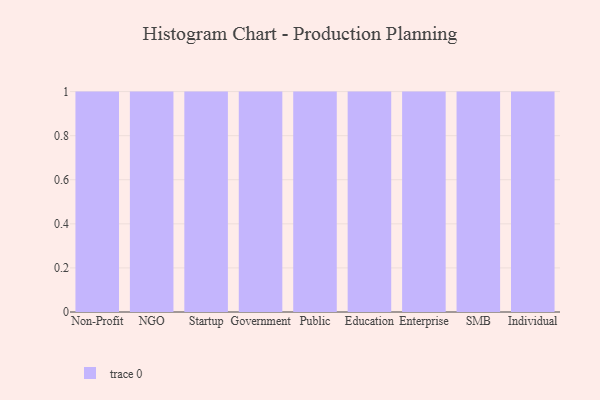
{"axis": {"x": "Segment", "y": "Revenue (USD Million)"}, "legend": [""], "data": [{"x": "Non-Profit", "y": 31, "type": ""}, {"x": "NGO", "y": 48, "type": ""}, {"x": "Startup", "y": 71, "type": ""}, {"x": "Government", "y": 58, "type": ""}, {"x": "Public", "y": 2, "type": ""}, {"x": "Education", "y": 90, "type": ""}, {"x": "Enterprise", "y": 88, "type": ""}, {"x": "SMB", "y": 27, "type": ""}, {"x": "Individual", "y": 28, "type": ""}]}